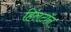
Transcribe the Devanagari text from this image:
हिलटॉन